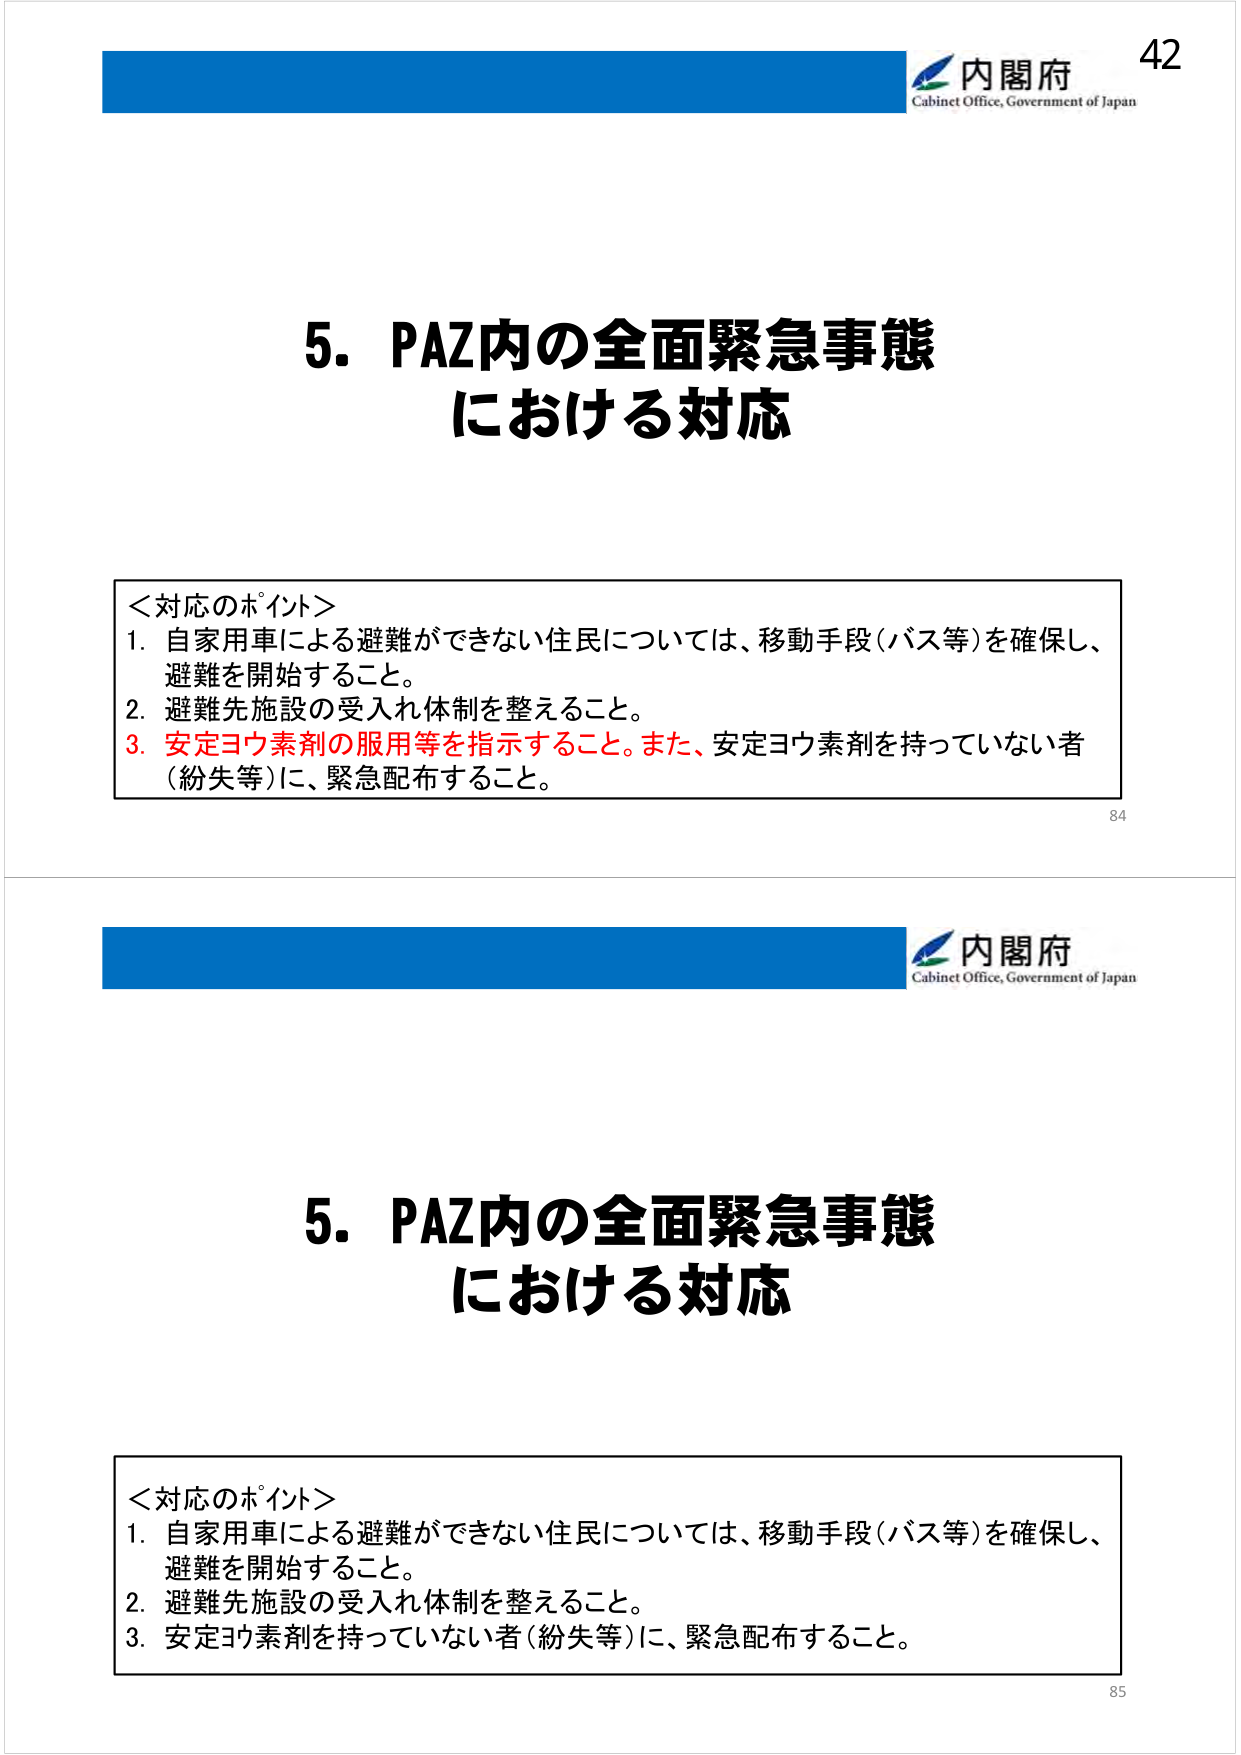
42
内閣府
Cabinet Office, Government of Japan

5．PAZ内の全面緊急事態
における対応

＜対応のポイント＞
1．自家用車による避難ができない住民については、移動手段（バス等）を確保し、
避難を開始すること。
2．避難先施設の受入れ体制を整えること。
3．安定ヨウ素剤の服用等を指示すること。また、安定ヨウ素剤を持っていない者
（紛失等）に、緊急配布すること。

84

内閣府
Cabinet Office, Government of Japan

5．PAZ内の全面緊急事態
における対応

＜対応のポイント＞
1．自家用車による避難ができない住民については、移動手段（バス等）を確保し、
避難を開始すること。
2．避難先施設の受入れ体制を整えること。
3．安定ヨウ素剤を持っていない者（紛失等）に、緊急配布すること。

85